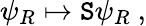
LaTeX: \psi_{R}\mapsto\mathtt{S}\psi_{R}~,